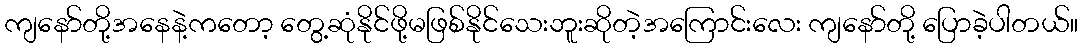
ကျနော်တို့အနေနဲ့ကတော့ တွေ့ဆုံနိုင်ဖို့မဖြစ်နိုင်သေးဘူးဆိုတဲ့အကြောင်းလေး ကျနော်တို့ ပြောခဲ့ပါတယ်။